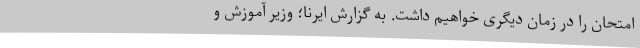
امتحان را در زمان دیگری خواهیم داشت. به گزارش ایرنا؛ وزیر آموزش و